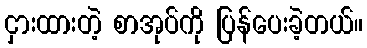
ငှားထားတဲ့ စာအုပ်ကို ပြန်ပေးခဲ့တယ်။